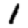
Digit: 1